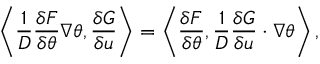
\left\langle \frac { 1 } { D } \frac { \delta F } { \delta \theta } \nabla \theta , \frac { \delta G } { \delta u } \right\rangle = \left\langle \frac { \delta F } { \delta \theta } , \frac { 1 } { D } \frac { \delta G } { \delta u } \cdot \nabla \theta \right\rangle ,